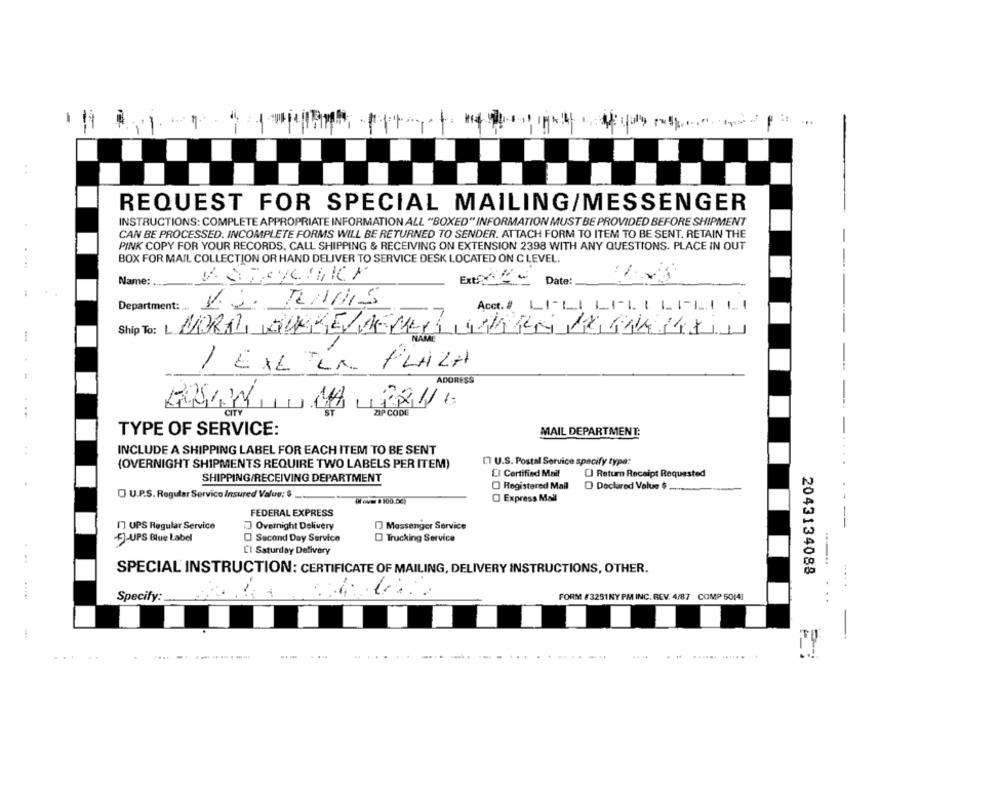
--
REQUEST FOR SPECIAL MAILING/MESSENGER
INSTRUCTIONS: COMPLETE APPROPRIATE INFORMATION ALL "BOXED" INFORMATION MUST BE PROVIDED BEFORE SHIPMENT
CAN BE PROCESSED. INCOMPLETE FORMS WILL BE RETURNED TO SENDER. ATTACH FORM TO ITEM TO BE SENT. RETAIN THE
PINK COPY FOR YOUR RECORDS. CALL SHIPPING & RECEIVING ON EXTENSION 2398 WITH ANY QUESTIONS. PLACE IN OUT
BOX FOR MAIL COLLECTION OR HAND DELIVER TO SERVICE DESK LOCATED ON C LEVEL.
....
Name:
Ext:Date:
Department:
Acct.# LI-LI LELELELE LI
Ship To: DORA DUKKE KEVER CAR RENTAL
1 EXETER PLAZA
ADORESS
ZIP CODE
TYPE OF SERVICE:
MAIL DEPARTMENT:
INCLUDE A SHIPPING LABEL FOR EACH ITEM TO BE SENT
I. U.S. Postal Service specify type:
(OVERNIGHT SHIPMENTS REQUIRE TWO LABELS PER ITEM)
SHIPPING/RECEIVING DEPARTMENT
CI Certified Mail
CI Return Receipt Requested
Registered Mail
O Declared Value $
U.P.S. Regular Servico Insured Value: $
Move . 100.DE
Express Mall
FEDERAL EXPRESS
1] UPS Regular Service
Overnight Delivery
Messenger Service
5-UPS Blue Label
O Second Day Service
Trucking Service
CI Saturday Delivery
...
SPECIAL INSTRUCTION: CERTIFICATE OF MAILING, DELIVERY INSTRUCTIONS, OTHER.
2043134088
Specify:
FORM #3251NY PM INC. REV. 4/87 COMP 50(4]
---
....